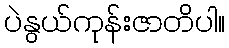
ပဲနွယ်ကုန်းဇာတိပါ။